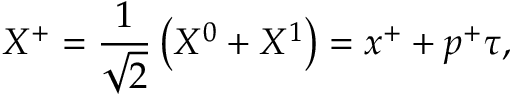
X ^ { + } = \frac { 1 } { \sqrt { 2 } } \left( X ^ { 0 } + X ^ { 1 } \right) = x ^ { + } + p ^ { + } \tau ,